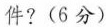
件?(6分)